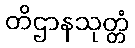
တိဌာနသုတ္တံ